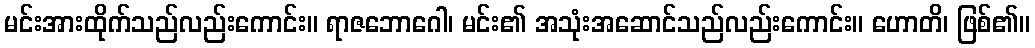
မင်းအားထိုက်သည်လည်းကောင်း။ ရာဇဘောဂေါ၊ မင်း၏ အသုံးအဆောင်သည်လည်းကောင်း။ ဟောတိ၊ ဖြစ်၏။